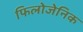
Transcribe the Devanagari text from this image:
फिलोजेनिक